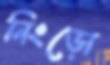
নিংড়ো